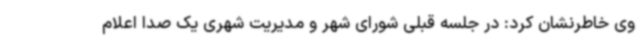
وی خاطرنشان کرد: در جلسه قبلی شورای شهر و مدیریت شهری یک صدا اعلام